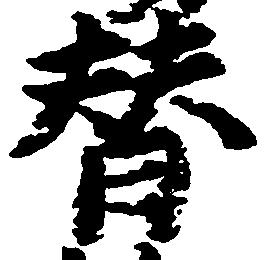
替